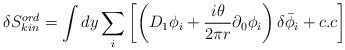
\begin{align*}\delta S^{ord}_{kin}=\int dy\sum_i\left[\left(D_1\phi_i+\frac{i\theta}{2\pi r}\partial_0\phi_i\right)\delta{\bar \phi_i}+c.c\right]\end{align*}